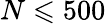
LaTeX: N\leqslant 500